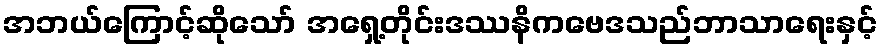
အဘယ်ကြောင့်ဆိုသော် အရှေ့တိုင်းဒဿနိကဗေဒသည်ဘာသာရေးနှင့်